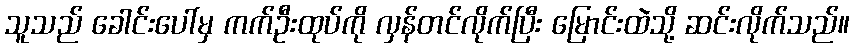
သူသည် ခေါင်းပေါ်မှ ကက်ဦးထုပ်ကို လှန်တင်လိုက်ပြီး မြောင်းထဲသို့ ဆင်းလိုက်သည်။